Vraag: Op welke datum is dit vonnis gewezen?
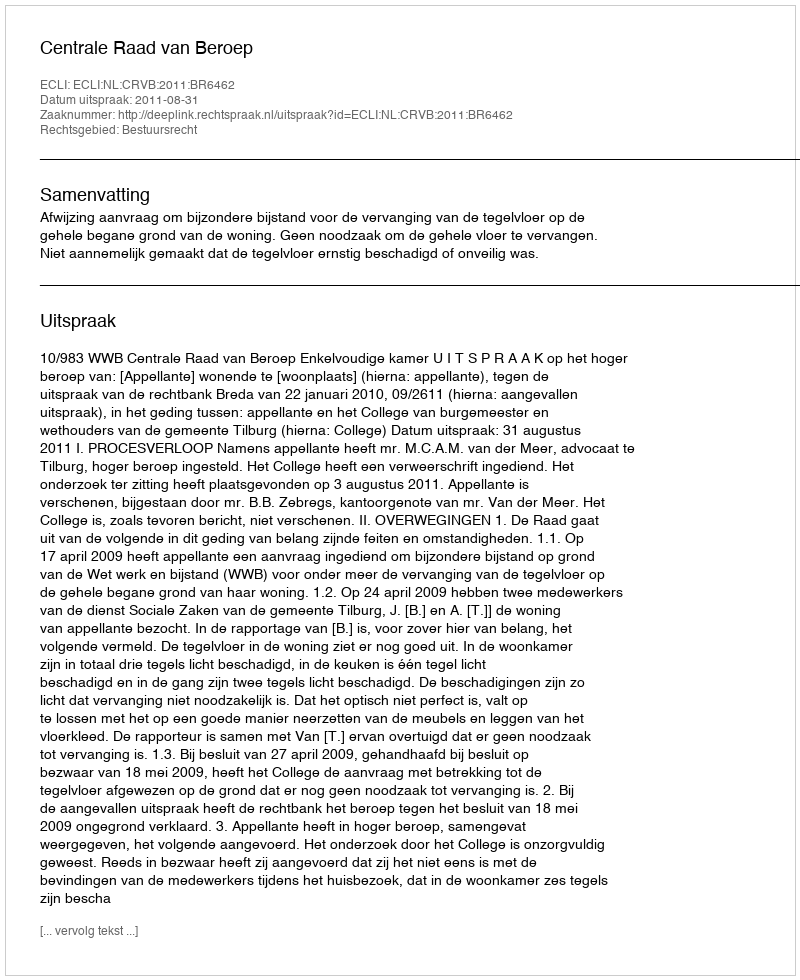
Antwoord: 2011-08-31